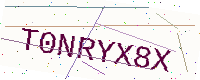
Text: T0NRYX8X